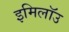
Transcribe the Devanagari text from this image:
इमिलॉउ